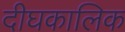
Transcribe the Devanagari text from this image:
दीघकालिक